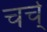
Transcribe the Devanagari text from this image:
चर्च्